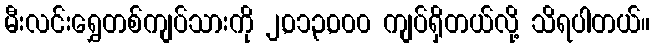
မီးလင်းရွှေတစ်ကျပ်သားကို ၂,၀၁၃,၀၀၀ ကျပ်ရှိတယ်လို့ သိရပါတယ်။